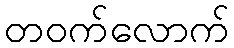
တဝက်လောက်